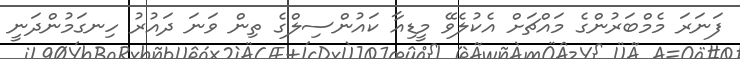
ފަނަރަ މެމްބަރުންގެ މައްޗަށް އެކުލެވޭ މީޑިއާ ކައުންސިލްގެ ތިން ވަނަ ދައުރު ހިނގަމުންދަނީ